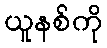
ယူနစ်ကို